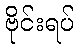
ဗိုင်းရပ်